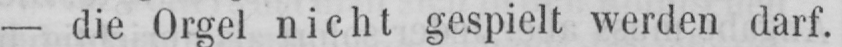
- die Orgel nicht gespielt werden darf.